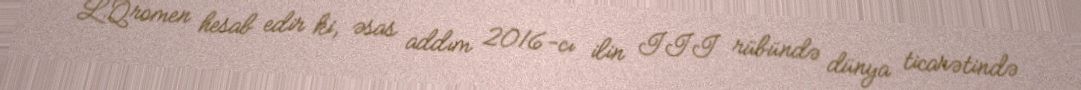
L.Qromen hesab edir ki, əsas addım 2016-cı ilin III rübündə dünya ticarətində